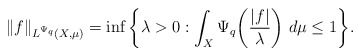
\begin{align*} \|f\|_{L^{\Psi_q}(X,\mu)}=\inf\bigg\{\lambda>0:\int_X\Psi_q\bigg(\frac{|f|}{\lambda}\bigg)~d\mu\leq1\bigg\}.\end{align*}